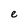
Character: e